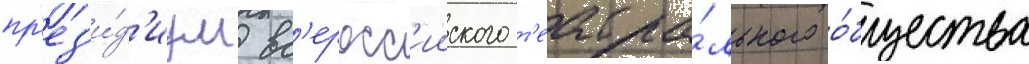
пр'ез'и́д'иум вс'еросс'ииского т'еатра́льного о́бщества